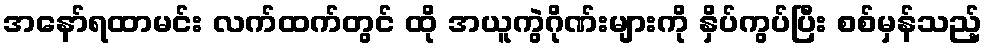
အနော်ရထာမင်း လက်ထက်တွင် ထို အယူကွဲဂိုဏ်းများကို နှိပ်ကွပ်ပြီး စစ်မှန်သည့်